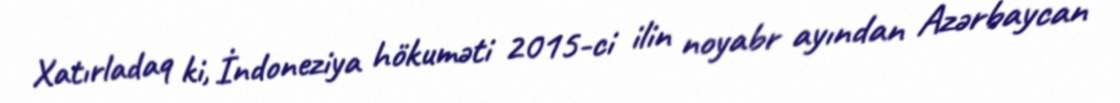
Xatırladaq ki, İndoneziya hökuməti 2015-ci ilin noyabr ayından Azərbaycan